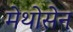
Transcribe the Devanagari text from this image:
मेथोसेन